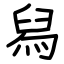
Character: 舄